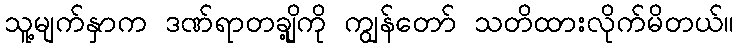
သူ့မျက်နှာက ဒဏ်ရာတချို့ကို ကျွန်တော် သတိထားလိုက်မိတယ်။